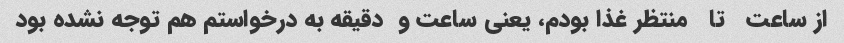
از ساعت   تا   منتظر غذا بودم، یعنی ساعت و  دقیقه به درخواستم هم توجه نشده بود